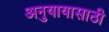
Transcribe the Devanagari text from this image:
अनुयायासाठी